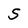
Character: S